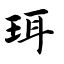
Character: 珥